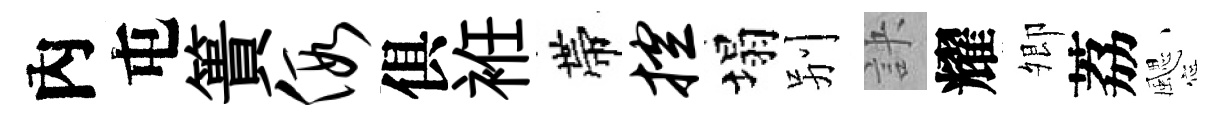
內屯簣假俱袵帶控塌别訣耀𡖖荔颸